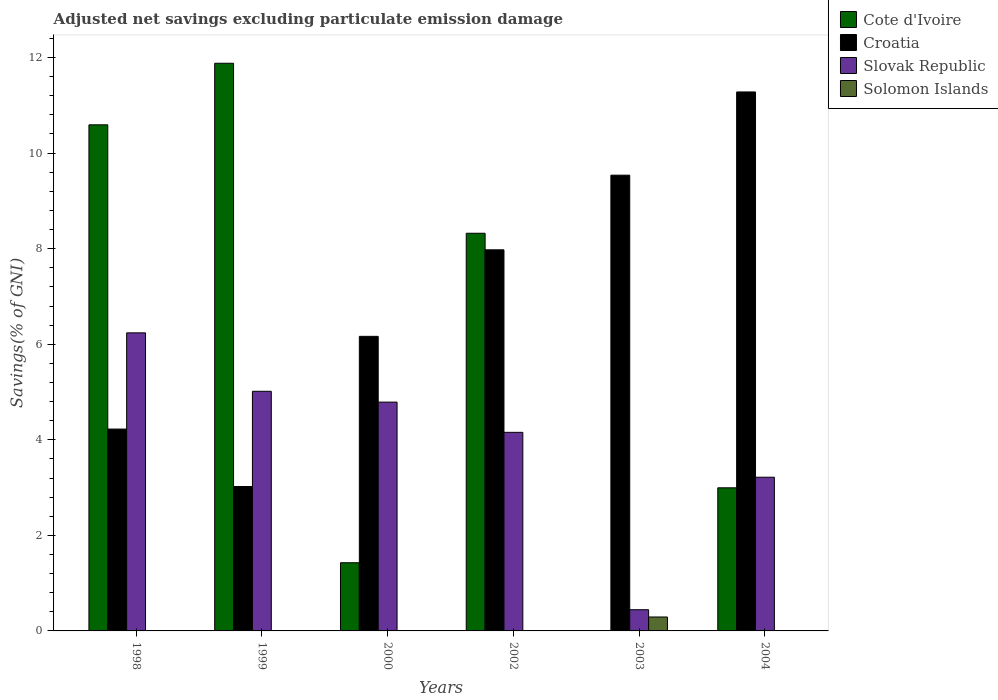
| Years | Cote d'Ivoire | Croatia | Slovak Republic | Solomon Islands |
 | --- | --- | --- | --- | --- |
 | 1998 | 10.6 | 4.22 | 6.24 | -11.5 |
 | 1999 | 11.9 | 3.02 | 5.02 | -5.5 |
 | 2000 | 1.43 | 6.16 | 4.79 | -12.4 |
 | 2002 | 8.32 | 7.98 | 4.16 | -11.1 |
 | 2003 | -2.29 | 9.54 | 0.444 | 0.292 |
 | 2004 | 3 | 11.3 | 3.22 | -4.2 |